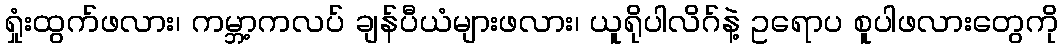
ရှုံးထွက်ဖလား၊ ကမ္ဘာ့ကလပ် ချန်ပီယံများဖလား၊ ယူရိုပါလိဂ်နဲ့ ဥရောပ စူပါဖလားတွေကို